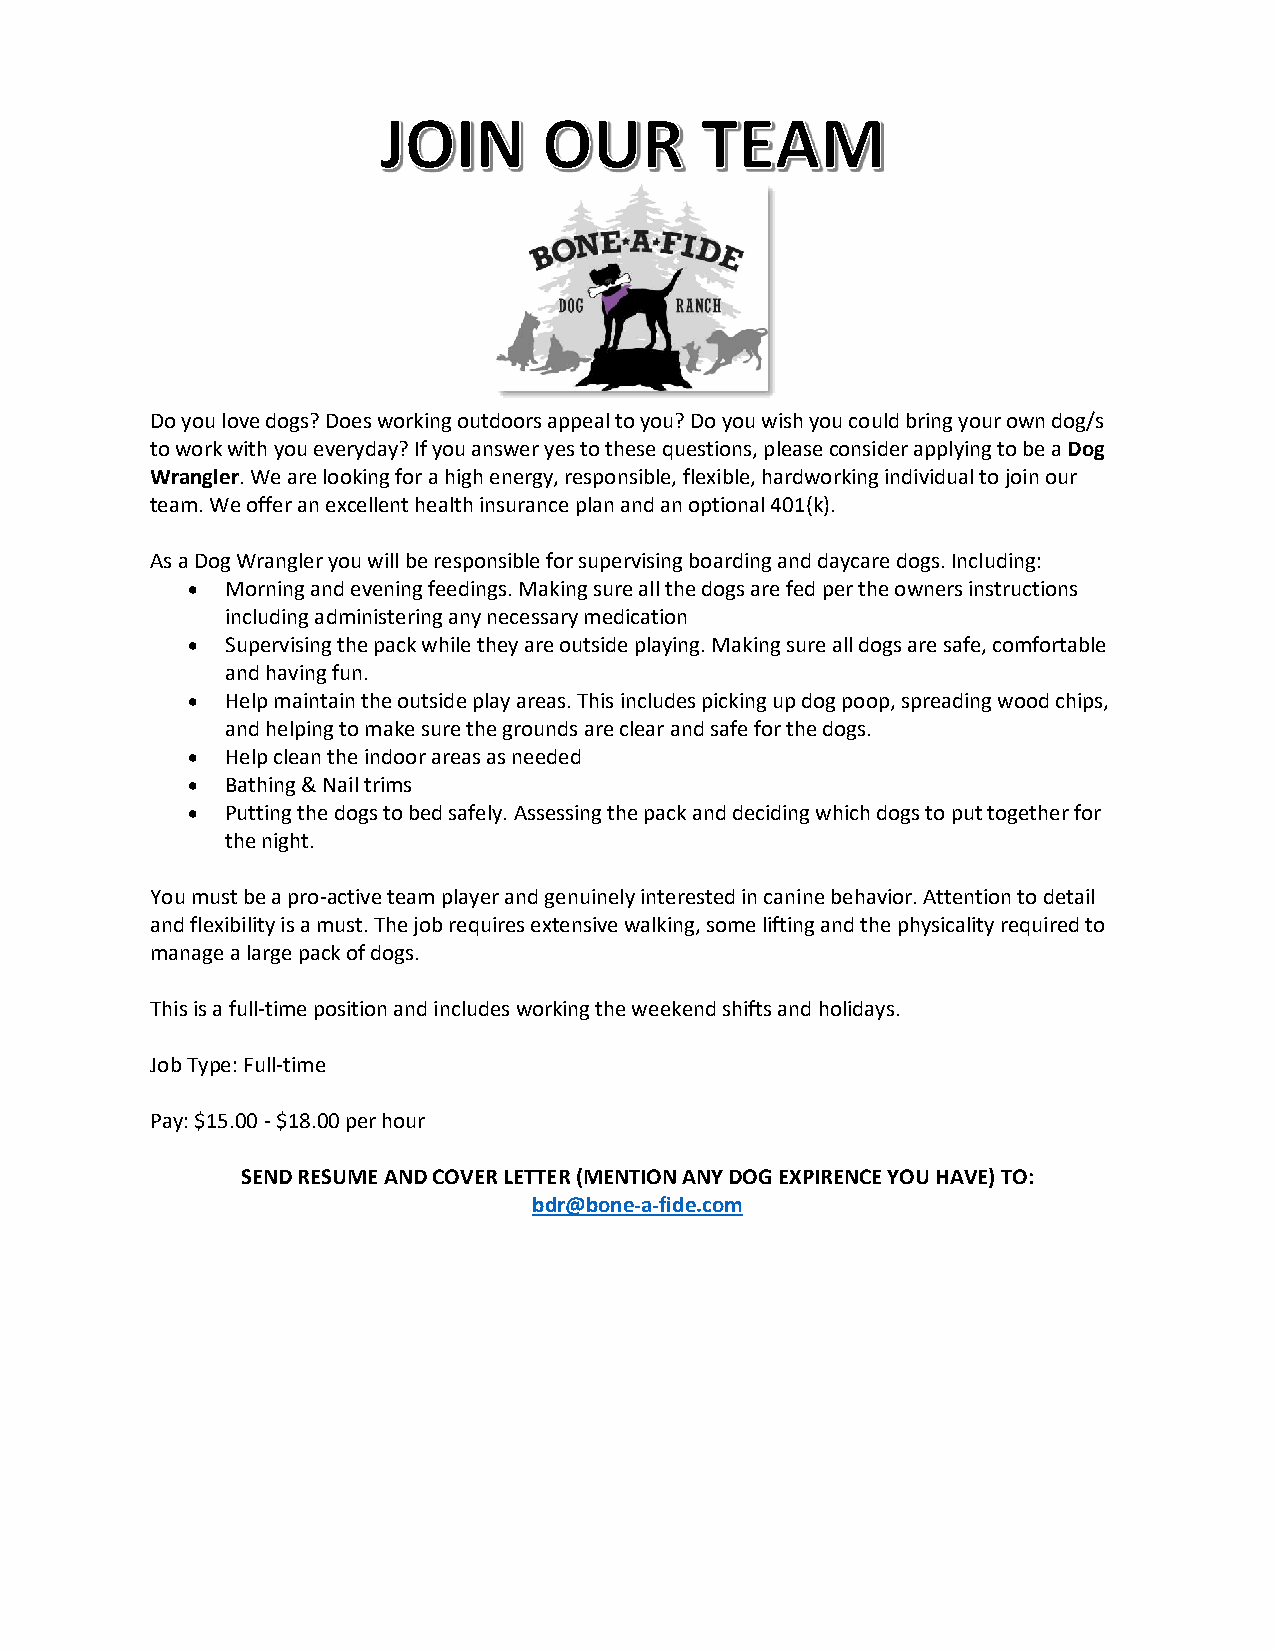
Do you love dogs? Does working outdoors appeal to you? Do you wish you could bring your own dog/s
 to work with you everyday? If you answer yes to these questions, please consider applying to be a Dog
 Wrangler. We are looking for a high energy, responsible, flexible, hardworking individual to join our
 team. We offer an excellent health insurance plan and an optional 401(k).
 As a Dog Wrangler you will be responsible for supervising boarding and daycare dogs. Including:
 •  Morning and evening feedings. Making sure all the dogs are fed per the owners instructions
 including administering any necessary medication
 •  Supervising the pack while they are outside playing. Making sure all dogs are safe, comfortable
 and having fun.
 •  Help maintain the outside play areas. This includes picking up dog poop, spreading wood chips,
 and helping to make sure the grounds are clear and safe for the dogs.
 •  Help clean the indoor areas as needed
 •  Bathing & Nail trims
 •  Putting the dogs to bed safely. Assessing the pack and deciding which dogs to put together for
 the night.
 You must be a pro-active team player and genuinely interested in canine behavior. Attention to detail
 and flexibility is a must. The job requires extensive walking, some lifting and the physicality required to
 manage a large pack of dogs.
 This is a full-time position and includes working the weekend shifts and holidays.
 Job Type: Full-time
 Pay: $15.00 - $18.00 per hour
 SEND RESUME AND COVER LETTER (MENTION ANY DOG EXPIRENCE YOU HAVE) TO:
 bdr@bone-a-fide.com